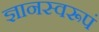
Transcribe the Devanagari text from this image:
ज्ञानस्वरूपं